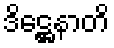
ဒိဋ္ဌေနာတိ